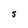
Character: S